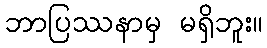
ဘာပြဿနာမှ မရှိဘူး။